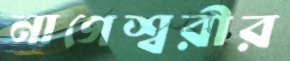
নাগেশ্বরীর